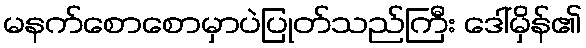
မနက်စောစောမှာပဲပြုတ်သည်ကြီး ဒေါ်မှိန်၏